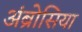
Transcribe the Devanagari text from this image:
अंब्रोसिया